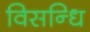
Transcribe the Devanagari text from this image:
विसन्धि